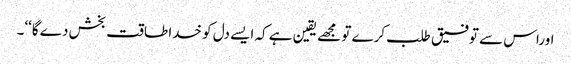
اوراس سے توفیق طلب کرے تو مجھے یقین ہے کہ ایسے دل کو خدا طاقت بخش دے گا‘‘۔